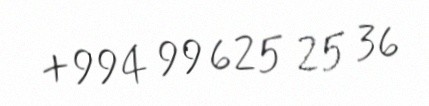
+994 99 625 25 36